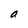
Character: a